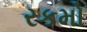
રકમો